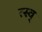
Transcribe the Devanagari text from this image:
त्स्व्